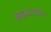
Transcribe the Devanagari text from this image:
आइ॰ए॰एस॰